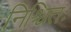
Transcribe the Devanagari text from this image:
निश्चितः